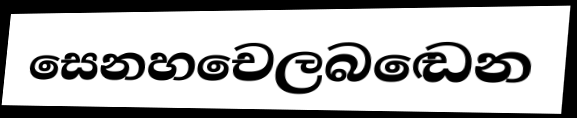
සෙනහචෙලබඬෙන